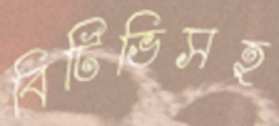
বিটিভিসহ